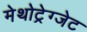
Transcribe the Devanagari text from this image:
मेथोट्रेग्जेट